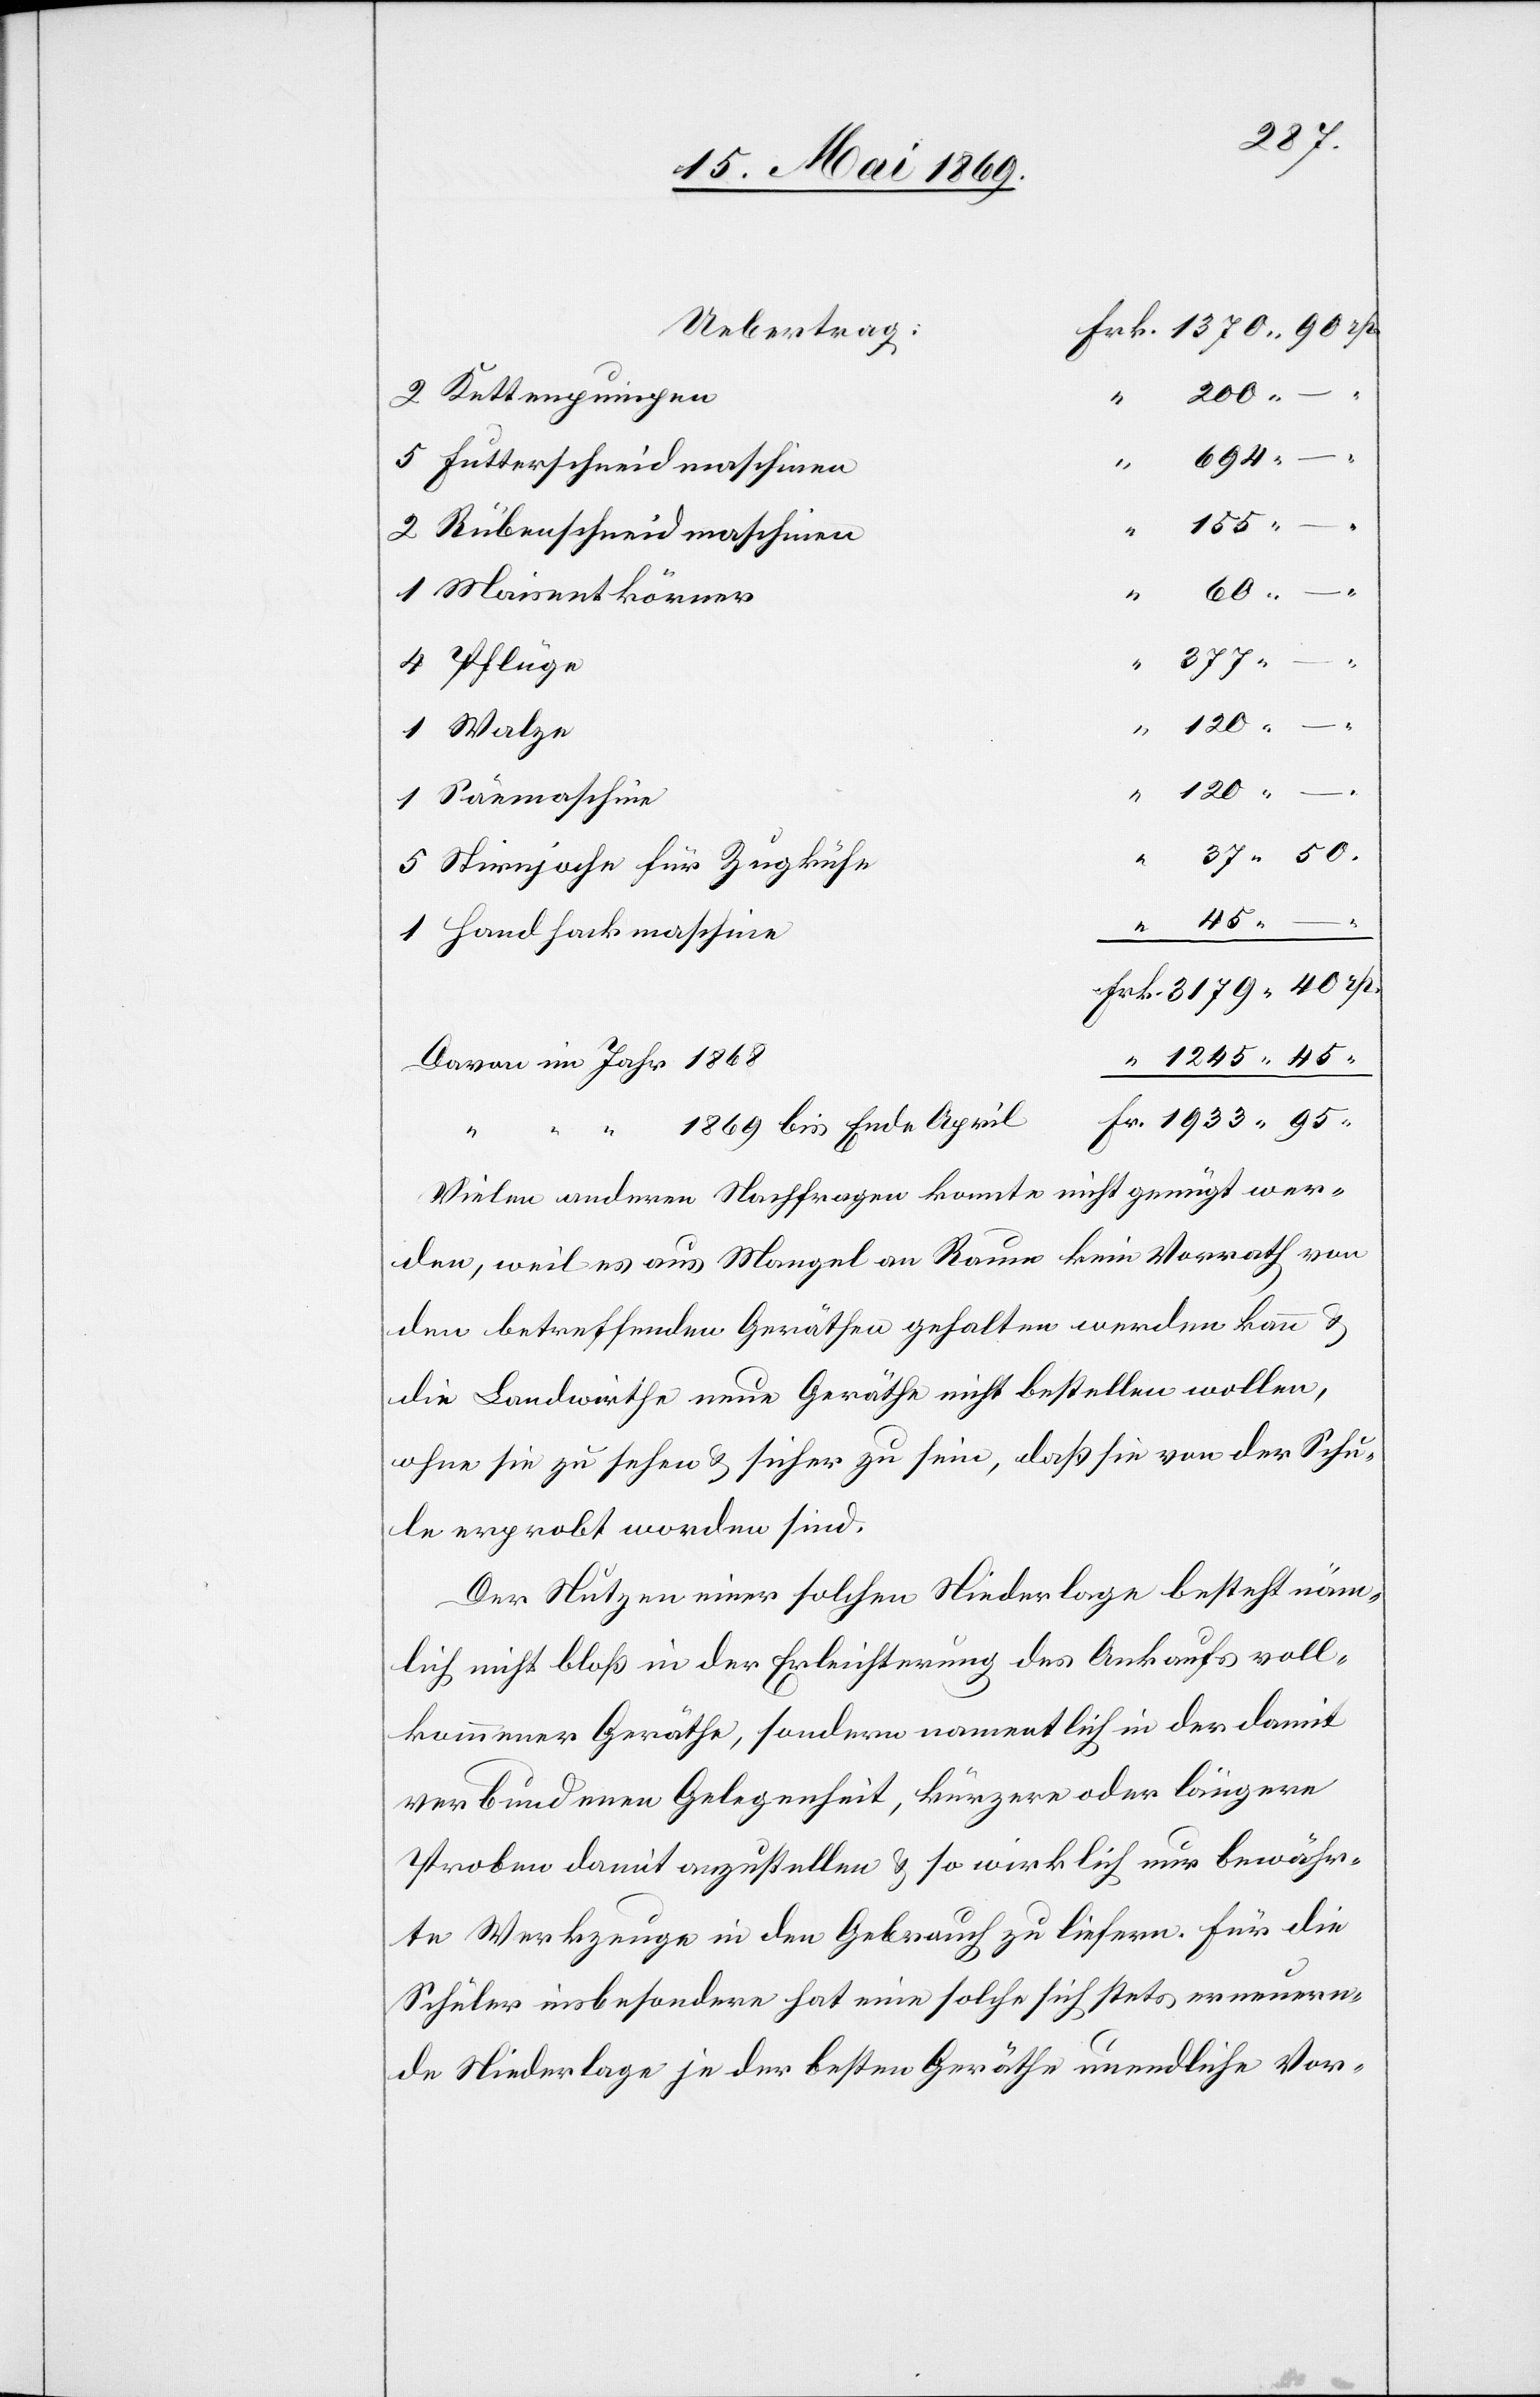
1245.
200.
2 Kettenpumpen
Fr.
694.
5 Futterschneidemaschinen
120.
2 Rübenschneidmaschinen
1 Maisentkörner
4 Pflüge
“
1 Walze
1 Säemaschine
5 Stirnjoche für Zugkühe
1 Handhackmaschine
Davon im Jahr 1868
1869 bis Ende April
95
Vielen anderen Nachfragen konnte nicht genügt wer¬
den, weil es aus Mangel an Raum kein Vorrath von
den betreffenden Geräthen gehalten werden kann u.
die Landwirthe neue Geräthe nicht bestellen wollen,
ohne sie zu sehen u. sicher zu sein, daß sie von der Schu¬
le erprobt worden sind.
Der Nutzen einer solchen Niederlage besteht näm¬
lich nicht bloß in der Erleichterung des Ankaufs voll¬
kommener Geräthe, sondern namentlich in der damit
verbundenen Gelegenheit, kürzere oder längere
Proben damit anzustellen u. so wirklich nur bewähr¬
te Werkzeuge in den Gebrauch zu liefern. Für die
Schüler insbesondere hat eine solche sich stets erneuer¬
te Niederlage je der besten Geräthe unendliche Vor-